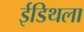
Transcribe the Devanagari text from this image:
ईडिथला